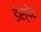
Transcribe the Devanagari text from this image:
डेस्पेर